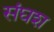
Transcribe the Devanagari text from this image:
संघश